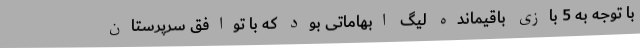
با توجه به 5 بازی باقیمانده لیگ ابهاماتی بود که با توافق سرپرستان